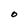
Character: O